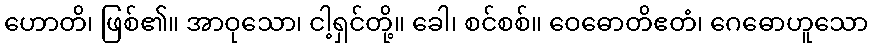
ဟောတိ၊ ဖြစ်၏။ အာဝုသော၊ ငါ့ရှင်တို့။ ခေါ၊ စင်စစ်။ ဝေဓောတိဧတံ၊ ဂေဓောဟူသော